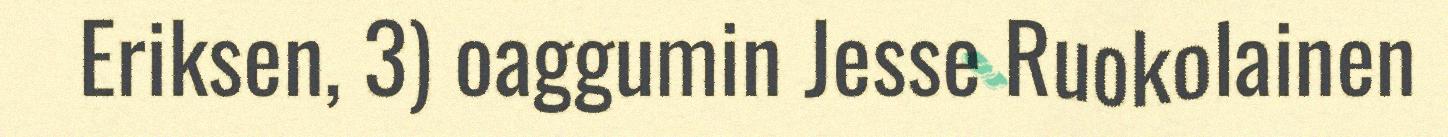
Eriksen, 3) oaggumin Jesse Ruokolainen